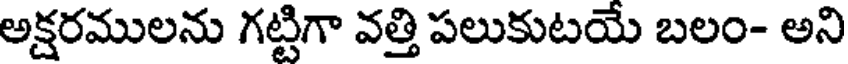
అక్షరములను గట్టిగా వత్తి పలుకుటయే బలం- అని